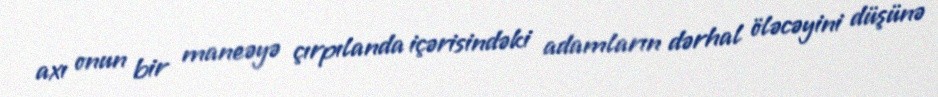
axı onun bir maneəyə çırpılanda içərisindəki adamların dərhal öləcəyini düşünə